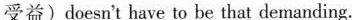
受益)doesn't have to be that demanding.